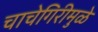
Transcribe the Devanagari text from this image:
चाचेगिरीमुळे